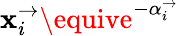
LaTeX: \mathbf{x}_{i}^{\rightarrow}\equive^{-\alpha_{i}^{\rightarrow}}